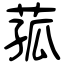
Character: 菰